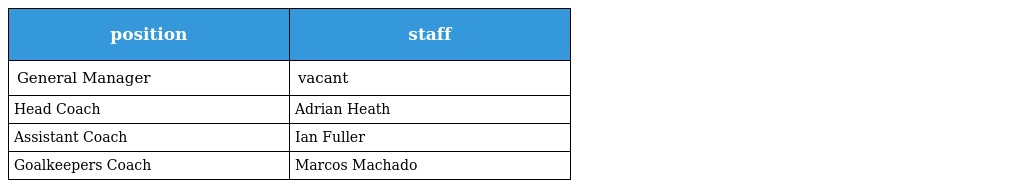
| position | staff |
 | --- | --- |
 | General Manager | vacant |
 | Head Coach | Adrian Heath |
 | Assistant Coach | Ian Fuller |
 | Goalkeepers Coach | Marcos Machado |